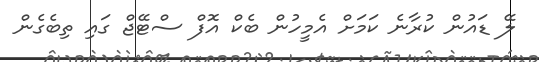
ލޭ ޑައުން ކުރާނެ ކަމަށް އެމީހުން ބެކް އޮފް ސްޓޭޖް ގައި ތިބެގެން